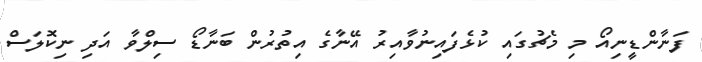
ފަނާންޑީނިއޯ މި މެޗުގައި ކުޅެފައިނުވާއިރު އޭނާގެ އިތުރުން ބަނާޑޯ ސިލްވާ އަދި ނިކޮލަސް